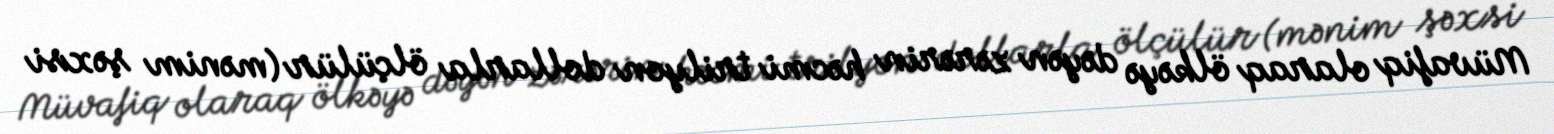
Müvafiq olaraq ölkəyə dəyən zərərin həcmi trilyon dollarla ölçülür (mənim şəxsi